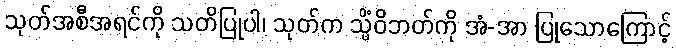
သုတ်အစီအရင်ကို သတိပြုပါ၊ သုတ်က သ္မိံဝိဘတ်ကို အံ-အာ ပြုသောကြောင့်